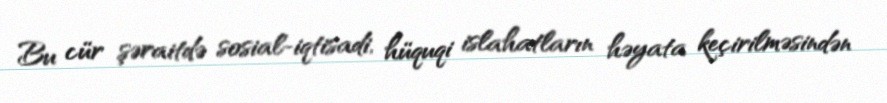
Bu cür şəraitdə sosial-iqtisadi, hüquqi islahatların həyata keçirilməsindən